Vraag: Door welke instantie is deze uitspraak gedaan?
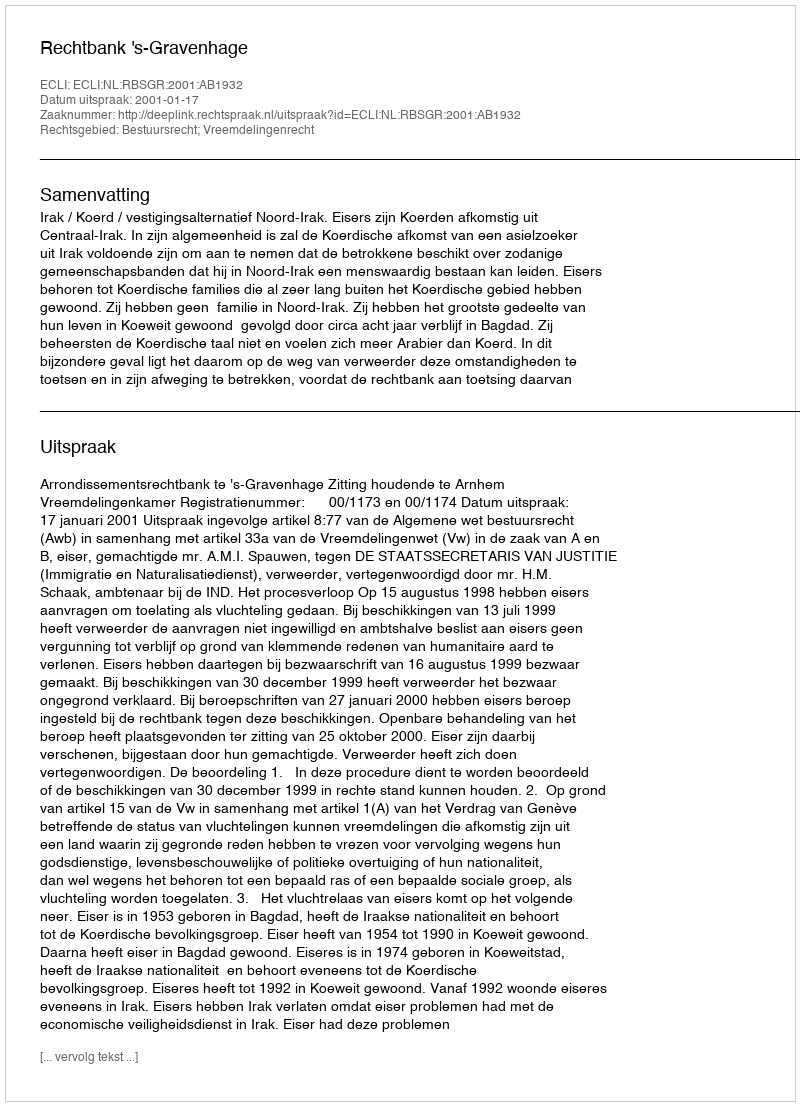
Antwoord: Rechtbank 's-Gravenhage